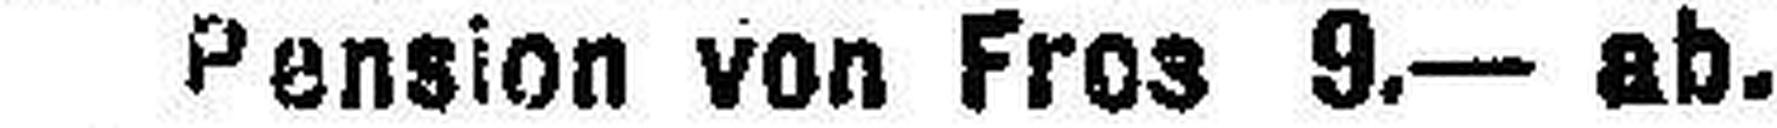
Pension von Fros 9.— ab.